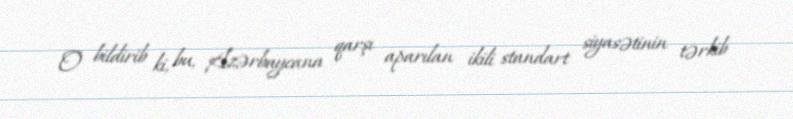
O bildirib ki, bu, Azərbaycana qarşı aparılan ikili standart siyasətinin tərkib